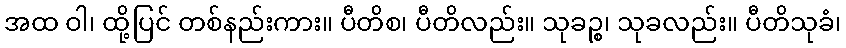
အထ ဝါ၊ ထို့ပြင် တစ်နည်းကား။ ပီတိစ၊ ပီတိလည်း။ သုခဉ္စ၊ သုခလည်း။ ပီတိသုခံ၊